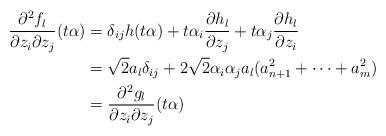
LaTeX: \begin{align*}\frac{\partial^2 f_l}{\partial z_i \partial z_j}(t\alpha)&=\delta_{ij}h(t\alpha)+t\alpha_i\frac{\partial h_l}{\partial z_j}+t\alpha_j\frac{\partial h_l}{\partial z_i}\\&=\sqrt{2}a_l\delta_{ij}+2\sqrt{2}\alpha_i\alpha_ja_l(a^2_{n+1}+\cdots+a^2_m)\\&=\frac{\partial^2 g_l}{\partial z_i \partial z_j}(t\alpha)\end{align*}